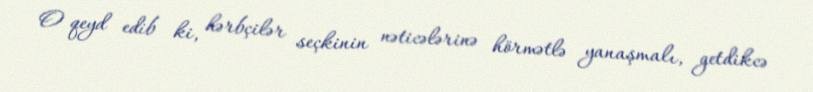
O qeyd edib ki, hərbçilər seçkinin nəticələrinə hörmətlə yanaşmalı, getdikcə